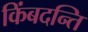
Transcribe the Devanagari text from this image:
किंबदन्ति